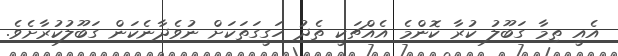
އެއީ ތިމާ ގަބޫލު ކުރާ ކޮންމެ އެއްޗަކީ ތެދު ހަގީގަތަކަށް ނުވެދާނެކަން ގަބޫލުކުރާށެވެ.